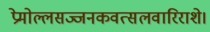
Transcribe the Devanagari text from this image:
प्रेमोल्लसज्जनकवत्सलवारिराशे।